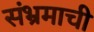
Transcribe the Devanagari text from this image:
संभ्रमाची